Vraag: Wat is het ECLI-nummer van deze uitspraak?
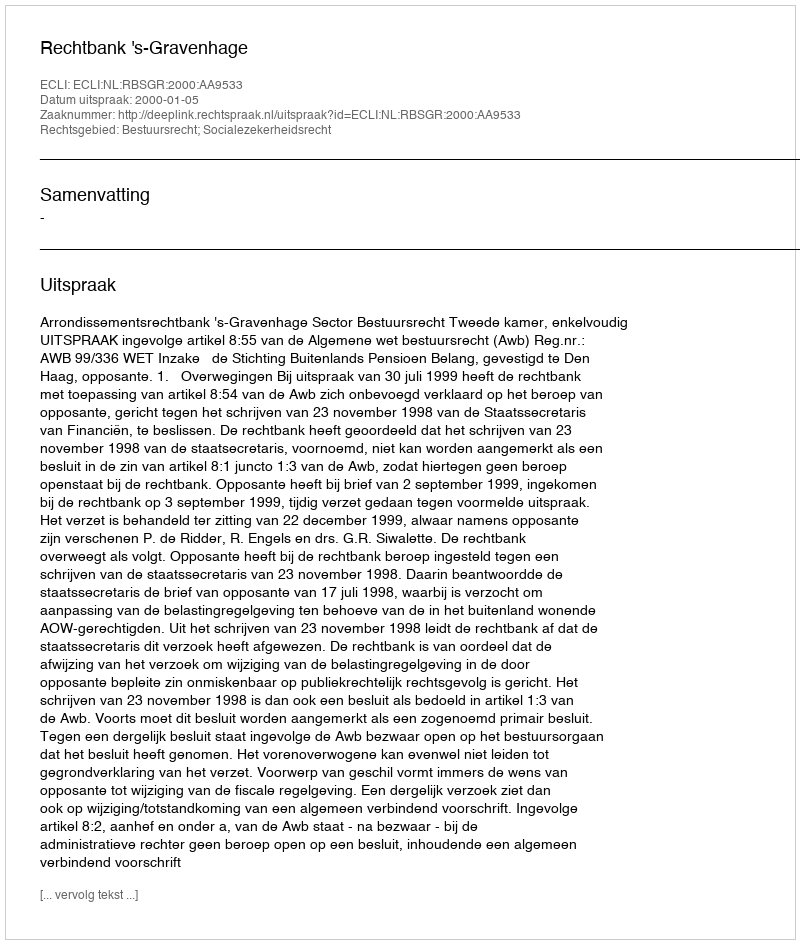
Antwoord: ECLI:NL:RBSGR:2000:AA9533